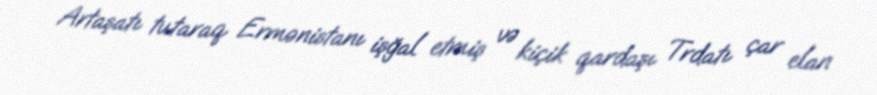
Artaşatı tutaraq Ermənistanı işğal etmiş və kiçik qardaşı Trdatı çar elan